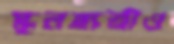
স্কুলছাত্রীও